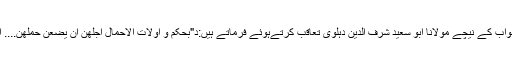
اسی جواب کے نیچے مولانا ابو سعید شرف الدین دہلوی تعاقب کرتےہوئے فرماتے ہیں:د"بحکم و اولات الاحمال اجلھن ان یضعن حملھن.... الآیۃ۔